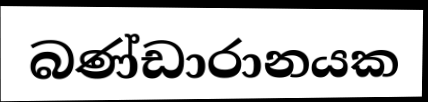
බණ්ඩාරානයක